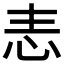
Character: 𢗣